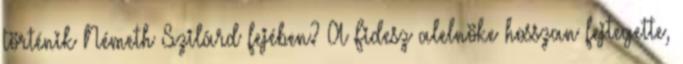
történik Németh Szilárd fejében? A Fidesz alelnöke hosszan fejtegette,